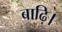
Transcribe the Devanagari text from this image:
बाढ़ि।